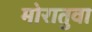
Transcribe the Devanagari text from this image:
मोरातुवा